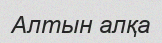
Алтын алқа